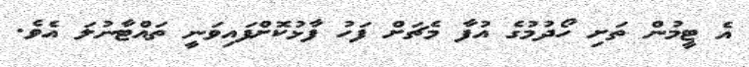
އެ ޓީމުން ތަށި ހޯދުމުގެ އުފާ މެޗަށް ފަހު ފާޅުކޮށްފައިވަނީ ތައްޓާނުލަ އެވެ.